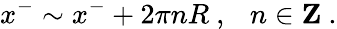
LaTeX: x^{-}\sim x^{-}+2\pi nR~,~~~n\in{\mathbf Z}~.